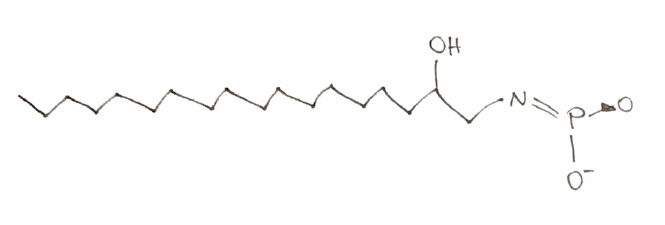
Simplified molecular-input line-entry system (SMILES) notation of the given molecule:
CCCCCCCCCCCCCCCCC(CN=[P+]([O-])[O-])O